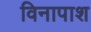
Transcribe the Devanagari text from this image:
विनापाश